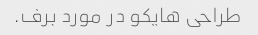
طراحی هایکو در مورد برف.